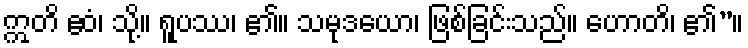
ဣတိ ဧဝံ၊ သို့။ ရူပဿ၊ ၏။ သမုဒယော၊ ဖြစ်ခြင်းသည်။ ဟောတိ၊ ၏”။